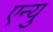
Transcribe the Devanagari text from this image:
एन्यु